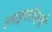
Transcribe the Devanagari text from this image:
लाइसोजनी